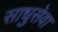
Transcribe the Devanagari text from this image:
साधुसेवा